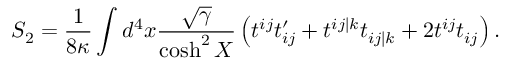
S _ { 2 } = \frac { 1 } { 8 \kappa } \int d ^ { 4 } x \frac { \sqrt { \gamma } } { \cosh ^ { 2 } X } \left( t ^ { i j } t _ { i j } ^ { \prime } + t ^ { i j \vert k } t _ { i j \vert k } + 2 t ^ { i j } t _ { i j } \right) .